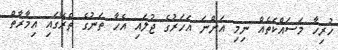
ހުރިހާ މަސައްކަތެއް ނިމި އަންނަ އަހަރުގެ ޖުލައި އެހާ ތަނުގެ ތެރޭގައި އިމާރާތް